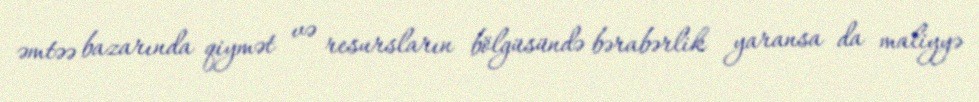
əmtəə bazarında qiymət və resursların bölgüsündə bərabərlik yaransa da maliyyə